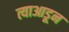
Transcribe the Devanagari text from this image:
त्याआडून